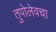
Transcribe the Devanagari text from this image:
तुपोलेवचा